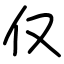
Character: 仅